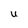
Character: U